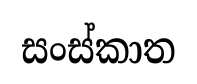
සංස්කාත